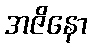
အဇိနော